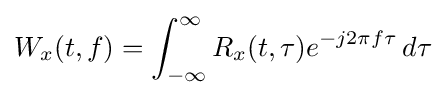
W_{x}(t,f)=\int _{-\infty }^{\infty }R_{x}(t,\tau )e^{-j2\pi f\tau }\,d\tau